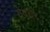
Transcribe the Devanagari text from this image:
रोयचंद